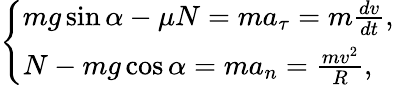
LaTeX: \left\{ {\begin{array}{l}{mg\sin\alpha-\mu N=ma_{\tau}=m{\frac{dv}{dt}},}\\ {N-mg\cos\alpha=ma_{n}=\frac{mv^{2}}{R},}\end{array}}\right.